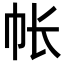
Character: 帐